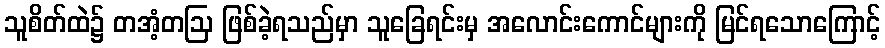
သူစိတ်ထဲ၌ တအံ့တဩ ဖြစ်ခဲ့ရသည်မှာ သူခြေရင်းမှ အလောင်းကောင်များကို မြင်ရသောကြောင့်